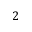
2